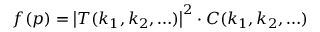
f ( p ) = \left| T ( k _ { 1 } , k _ { 2 } , \ldots ) \right| ^ { 2 } \cdot C ( k _ { 1 } , k _ { 2 } , \ldots )